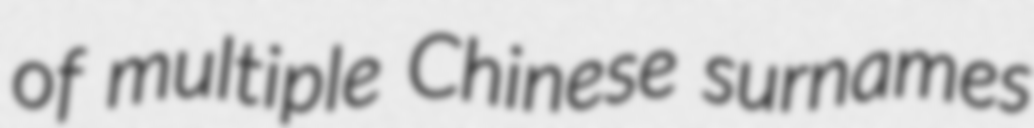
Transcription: of multiple Chinese surnames